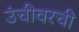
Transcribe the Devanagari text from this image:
उंचीवरची